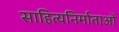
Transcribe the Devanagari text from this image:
साहित्यनिर्माताओं